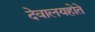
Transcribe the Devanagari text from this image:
देवालयहोते